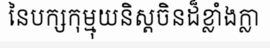
នៃបក្សកុម្មុយនិស្តចិនដ៏ខ្លាំងក្លា